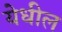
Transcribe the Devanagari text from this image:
येधील